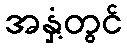
အနှံ့တွင်